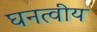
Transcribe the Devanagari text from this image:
घनत्वीय